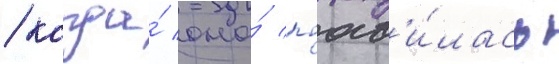
/ когда́ она́ поав'и́лась